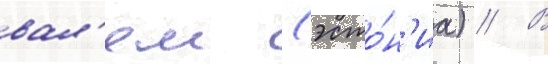
вал'ем (эсто́н'иа) // В